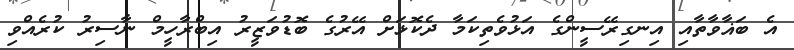
އެ ބަޣާވާތާއި އިނގިރޭސީންގެ އަޅުވެތިކަމާ ދެކޮޅަށް އޭރުގެ ބޮޑުވަޒީރު އިބްރާހީމް ނާސިރު ކުރެއްވި